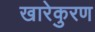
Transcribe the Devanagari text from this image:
खारेकुरण